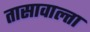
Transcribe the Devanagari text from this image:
तासावाल्ता